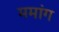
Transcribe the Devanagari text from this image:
ममांग